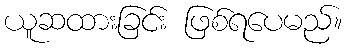
ယူဆထားခြင်း ဖြစ်ရပေမည်။